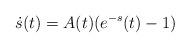
LaTeX: \begin{align*}\dot s(t)=A(t)(e^{-s}(t)-1)\end{align*}